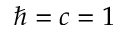
\hbar = c = 1